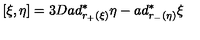
[ \xi , \eta ] = 3 D a d _ { r _ { + } ( \xi ) } ^ { \ast } \eta - a d _ { r _ { - } ( \eta ) } ^ { \ast } \xi